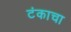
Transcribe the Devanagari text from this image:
टंकाचा